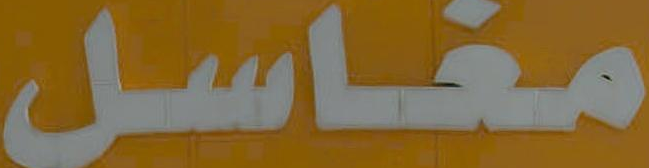
مغاسل